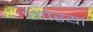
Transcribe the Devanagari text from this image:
गोरयां